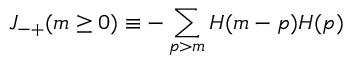
J _ { - + } ( m \ge 0 ) \equiv - \sum _ { p > m } H ( m - p ) H ( p )